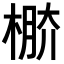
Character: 𣔷